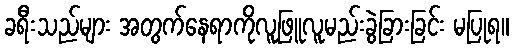
ခရီးသည်များ အတွက်နေရာကိုလူဖြူလူမည်းခွဲခြားခြင်း မပြုရ။